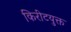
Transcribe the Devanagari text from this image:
किरीटयुक्त